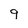
Character: 9